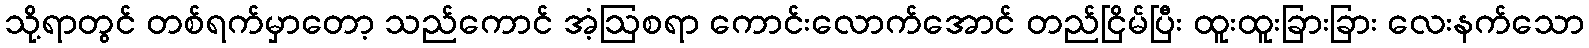
သို့ရာတွင် တစ်ရက်မှာတော့ သည်ကောင် အံ့ဩစရာ ကောင်းလောက်အောင် တည်ငြိမ်ပြီး ထူးထူးခြားခြား လေးနက်သော